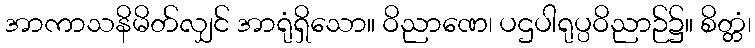
အာကာသနိမိတ်လျှင် အာရုံရှိသော။ ဝိညာဏေ၊ ပဌပါရုပ္ပဝိညာဉ်၌။ စိတ္တံ၊